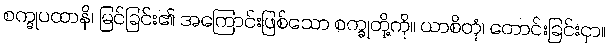
စက္ခုပထာနိ၊ မြင်ခြင်း၏ အကြောင်းဖြစ်သော စက္ခုတို့ကို။ ယာစိတုံ၊ တောင်းခြင်းငှာ။